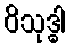
ဝိသုဒ္ဓါ